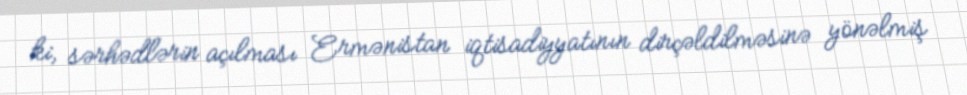
ki, sərhədlərin açılması Ermənistan iqtisadiyyatının dirçəldilməsinə yönəlmiş